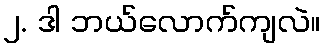
၂. ဒါ ဘယ်လောက်ကျလဲ။